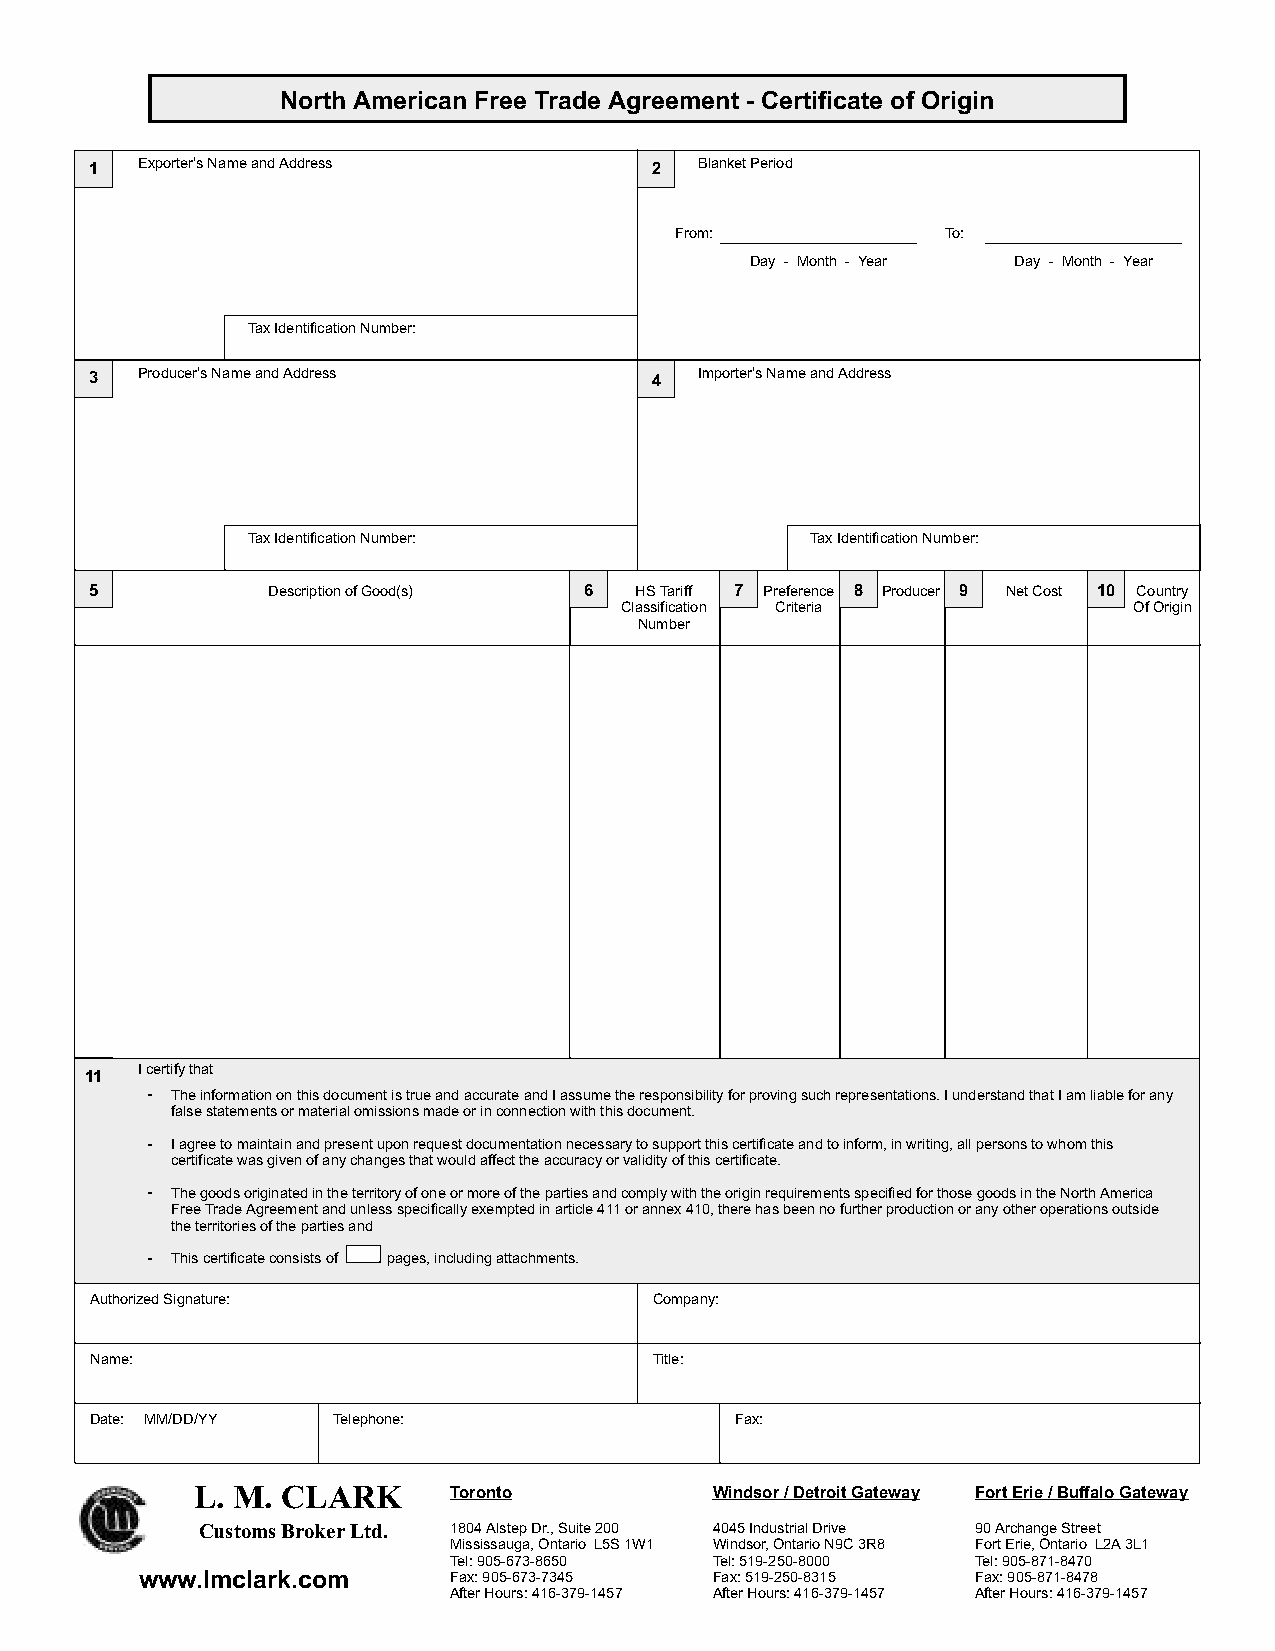
North American Free Trade Agreement - Certificate of Origin
 1  Exporter’sNameandAddress          2  BlanketPeriod
 From:             To:
 Day - Month - Year Day - Month - Year
 TaxIdentificationNumber:
 3  Producer’sNameandAddress          4  Importer’sNameandAddress
 TaxIdentificationNumber:              TaxIdentificationNumber:
 5           DescriptionofGood(s) 6  HSTariff 7 Preference 8 Producer 9 NetCost 10 Country
 Classification Criteria           OfOrigin
 Number
 Icertifythat
 11
 - TheinformationonthisdocumentistrueandaccurateandIassumetheresponsibilityforprovingsuchrepresentations.IunderstandthatIamliableforany
 falsestatementsormaterialomissionsmadeorinconnectionwiththisdocument.
 - Iagreetomaintainandpresentuponrequestdocumentationnecessarytosupportthiscertificateandtoinform,inwriting,allpersonstowhomthis
 certificatewasgivenofanychangesthatwouldaffecttheaccuracyorvalidityofthiscertificate.
 - ThegoodsoriginatedintheterritoryofoneormoreofthepartiesandcomplywiththeoriginrequirementsspecifiedforthosegoodsintheNorthAmerica
 FreeTradeAgreementandunlessspecificallyexemptedinarticle411orannex410,therehasbeennofurtherproductionoranyotheroperationsoutside
 theterritoriesofthepartiesand
 - Thiscertificateconsistsof pages,includingattachments.
 AuthorizedSignature:                 Company:
 Name:                                Title:
 Date: MM/DD/YY  Telephone:                 Fax:
 L. M. CLARK
 Toronto          Windsor/DetroitGateway FortErie/BuffaloGateway
 CustomsBrokerLtd. 1804AlstepDr.,Suite200 4045IndustrialDrive 90ArchangeStreet
 Mississauga,Ontario L5S1W1 Windsor,OntarioN9C3R8 FortErie,Ontario L2A3L1
 Tel:905-673-8650 Tel:519-250-8000  Tel:905-871-8470
 www.lmclark.com      Fax:905-673-7345 Fax:519-250-8315  Fax:905-871-8478
 AfterHours:416-379-1457 AfterHours:416-379-1457 AfterHours:416-379-1457